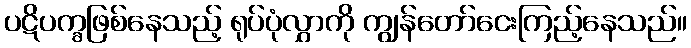
ပဋိပက္ခဖြစ်နေသည့် ရုပ်ပုံလွှာကို ကျွန်တော်ငေးကြည့်နေသည်။